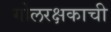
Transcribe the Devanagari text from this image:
गोलरक्षकाची